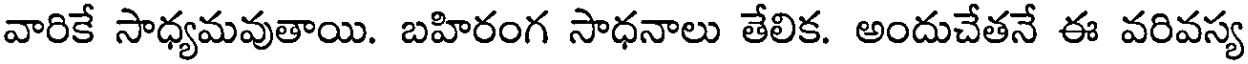
వారికే సాధ్యమవుతాయి. బహిరంగ సాధనాలు తేలిక. అందుచేతనే ఈ వరివస్య